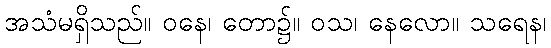
အသံမရှိသည်။ ဝနေ၊ တော၌။ ဝသ၊ နေလော။ သရေန၊